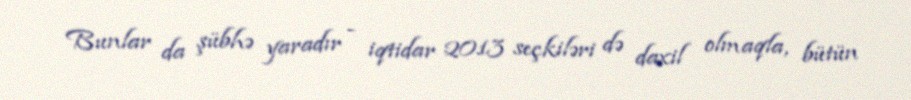
Bunlar da şübhə yaradır - iqtidar 2013 seçkiləri də daxil olmaqla, bütün